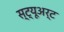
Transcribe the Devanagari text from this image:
स्ट्यूअर्ट